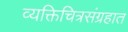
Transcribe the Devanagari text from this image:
व्यक्तिचित्रसंग्रहात